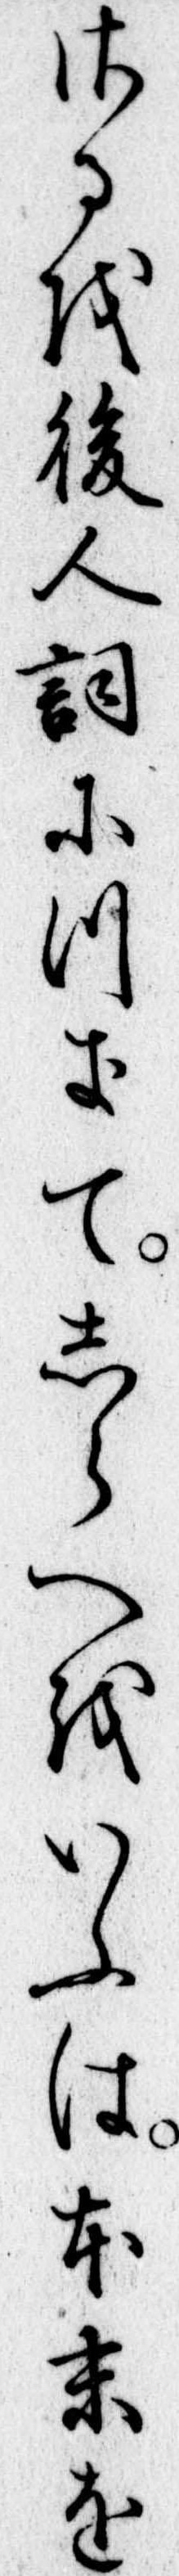
さるを後人詞につきてしらへをいふは本末を